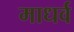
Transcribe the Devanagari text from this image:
माधर्व